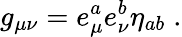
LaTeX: g_{\mu\nu}=e_{\mu}^{a}e_{\nu}^{b}\eta_{ab}\; .